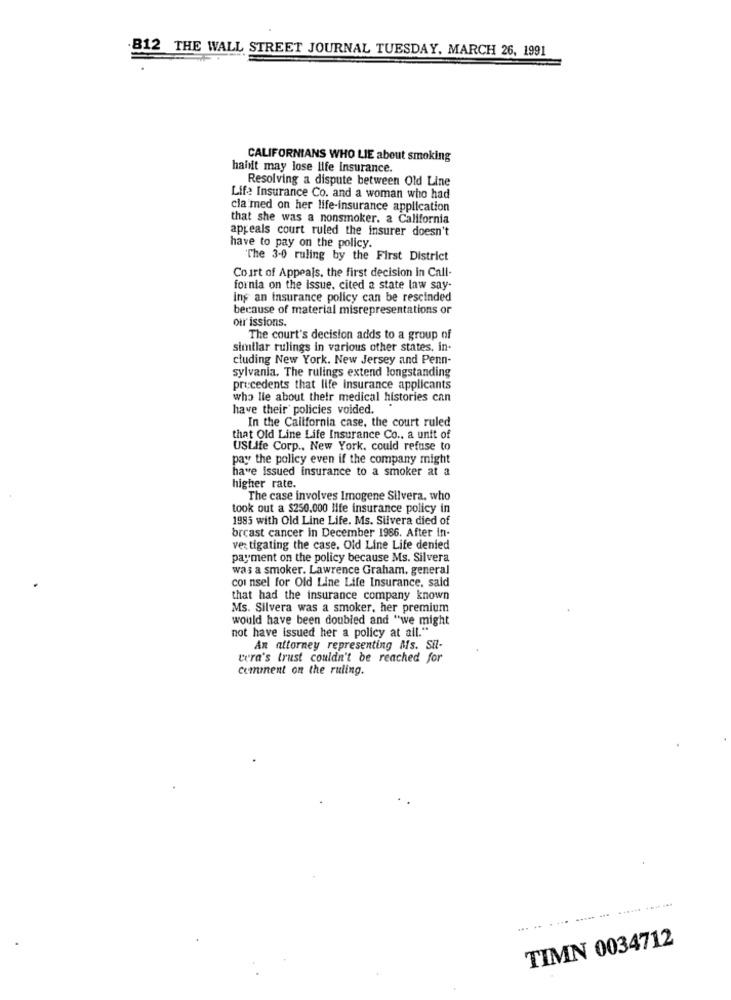
.B12 THE WALL STREET JOURNAL TUESDAY, MARCH 26, 1991
CALIFORNIANS WHO LIE about smoking
haiit may lose life Insurance.
Resolving a dispute between Old Line
Life Insurance Co. and a woman who had
cla med on her life-insurance application
that she was a nonsmoker. a California
appeals court ruled the insurer doesn't
have to pay on the policy.
"The 3-0 ruling by the First District
Court of Appeals, the first decision in Call-
fornia on the issue, cited a state law say-
Ing an insurance policy can be rescinded
because of material misrepresentations or
our issions.
The court's decision adds to a group of
similar rulings in various other states. in-
cluding New York. New Jersey and Penn-
sylvania. The rulings extend longstanding
precedents that life insurance applicants
who lie about their medical histories can
have their' policies voided.
In the California case, the court ruled
that Old Line Life Insurance Co .. a unit of
USLife Corp ., New York, could refuse to
pay the policy even if the company might
have issued insurance to a smoker at a
higher rate.
The case involves Imogene Silvera, who
took out a $250.000 life insurance policy in
1985 with Old Line Life. Ms. Silvera died of
breast cancer in December 1986. After in-
ve: tigating the case. Old Line Life denied
payment on the policy because Ms. Silvera
was a smoker. Lawrence Graham, general
coi nsel for Old Line Life Insurance, said
that had the insurance company known
Ms. Silvera was a smoker, her premium
would have been doubled and "we might
not have issued her a policy at all."
An attorney representing Ms. Sil-
cera's trust couldn't be reached for
comment on the ruling.
TIMN 0034712